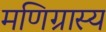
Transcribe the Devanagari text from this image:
मणिग्रास्य